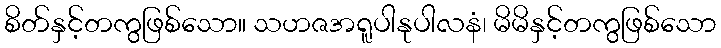
စိတ်နှင့်တကွဖြစ်သော။ သဟဇအရူပါနုပါလနံ၊ မိမိနှင့်တကွဖြစ်သော